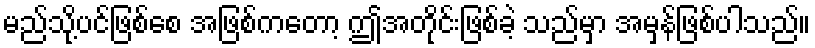
မည်သို့ပင်ဖြစ်စေ အဖြစ်ကတော့ ဤအတိုင်းဖြစ်ခဲ့ သည်မှာ အမှန်ဖြစ်ပါသည်။